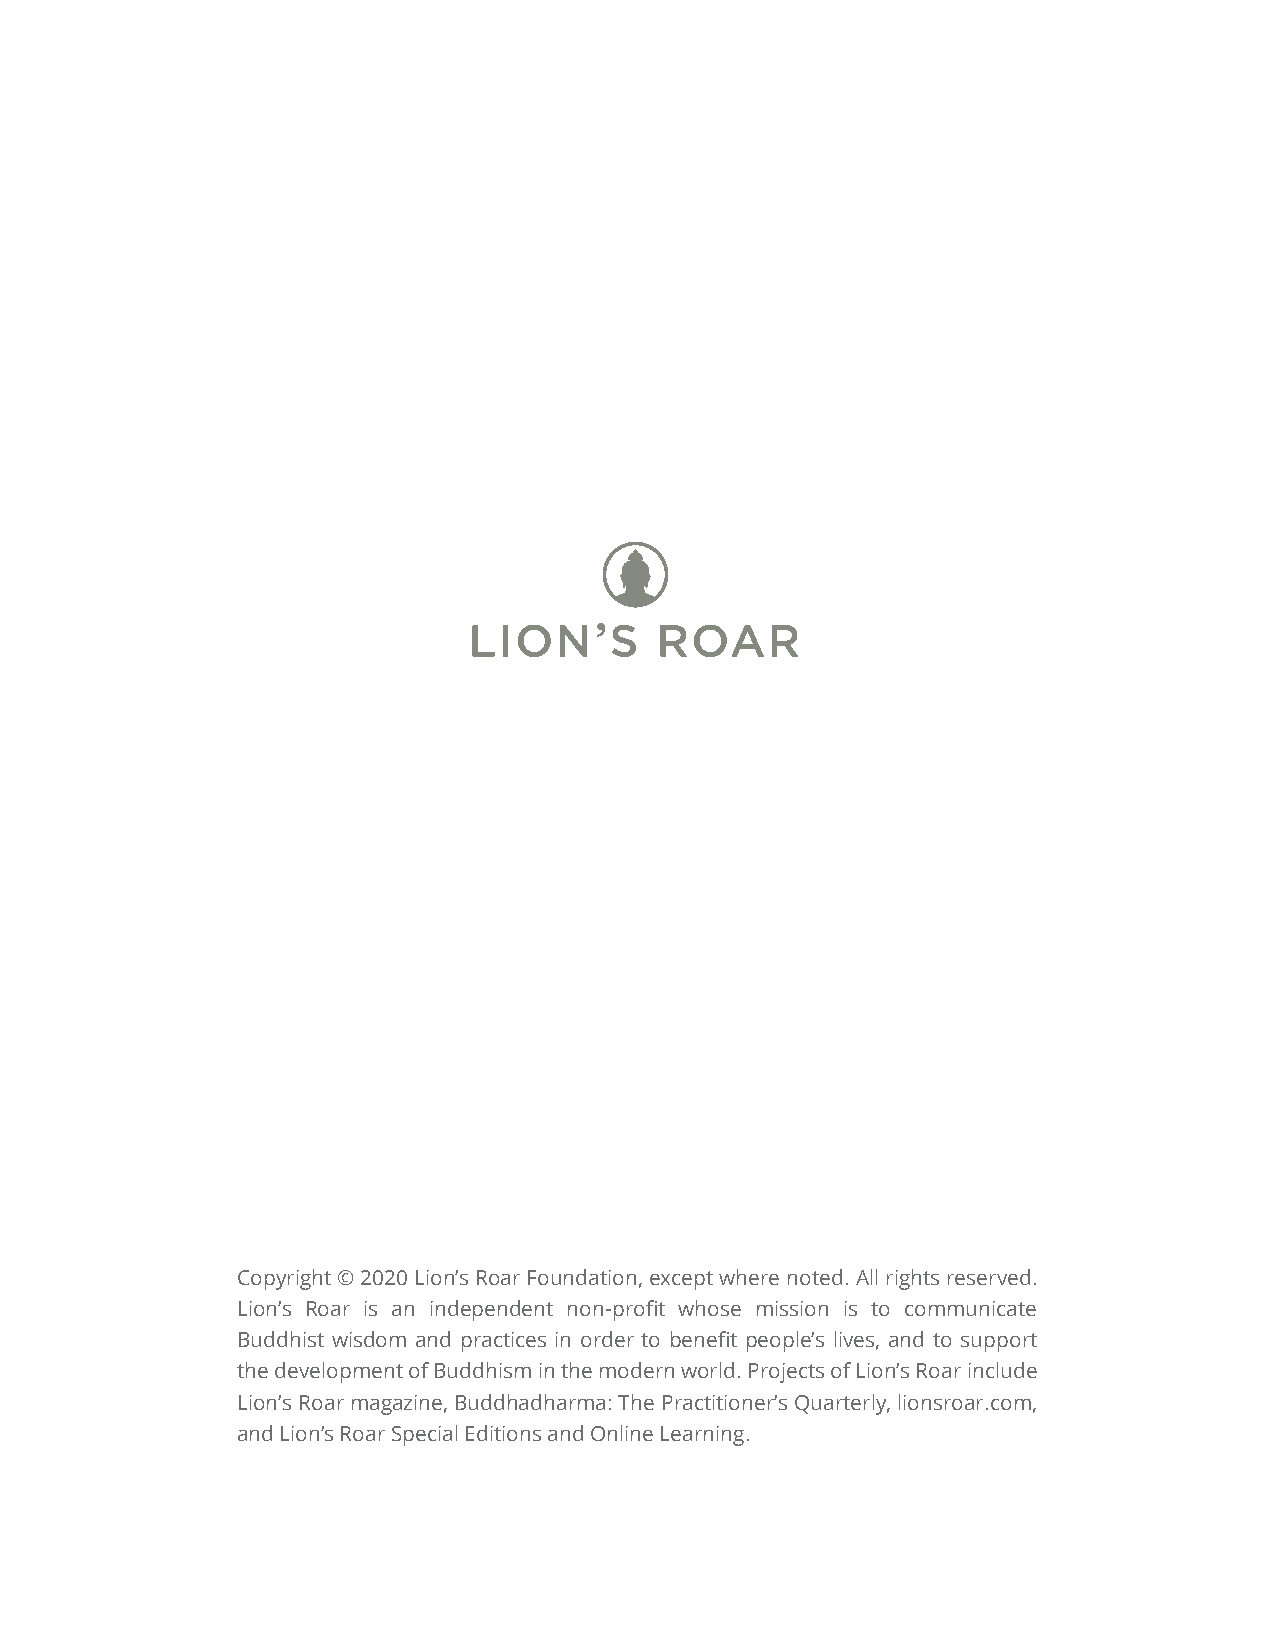
Copyright © 2020 Lion’s Roar Foundation, except where noted. All rights reserved.
 Lion’s Roar is an independent non-profit whose mission is to communicate
 Buddhist wisdom and practices in order to benefit people’s lives, and to support
 the development of Buddhism in the modern world. Projects of Lion’s Roar include
 Lion’s Roar magazine, Buddhadharma: The Practitioner’s Quarterly, lionsroar.com,
 and Lion’s Roar Special Editions and Online Learning.